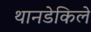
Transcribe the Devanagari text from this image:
थानडेकिले